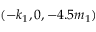
( - k _ { 1 } , 0 , - 4 . 5 m _ { 1 } )